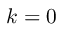
k = 0